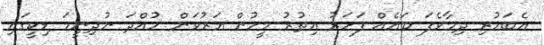
އެބަހުރި ދިމާވެފަ ބައެއް ފަހަރު އިތުރު މީހުން އަރުވަން ހުއްދަ ނުދިނީމަ ޑިކީގައި